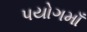
પયોગમાઁ